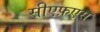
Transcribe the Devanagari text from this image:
सीएफ़एस